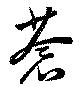
蒼